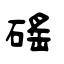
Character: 磘